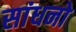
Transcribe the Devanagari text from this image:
सांधनो